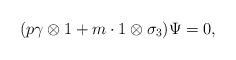
LaTeX: \begin{align*}(p\gamma\otimes 1+m\cdot 1\otimes\sigma_3)\Psi=0,\end{align*}